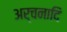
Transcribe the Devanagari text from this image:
अर्चनादि